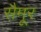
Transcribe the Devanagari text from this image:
सैमूर